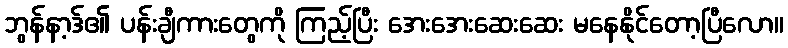
ဘွန်နာ့ဒ်၏ ပန်းချီကားတွေကို ကြည့်ပြီး အေးအေးဆေးဆေး မနေနိုင်တော့ပြီလော။